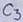
Text: C3